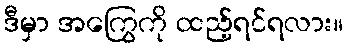
ဒီမှာ အကြွေကို ထည့်ရင်ရလား။